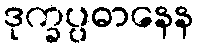
ဒုက္ခပ္ပဓာနေန